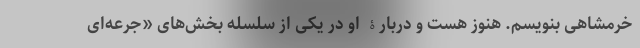
خرمشاهی بنویسم. هنوز هست و دربارۀ او در یکی از سلسله بخش‌های «جرعه‌ای